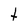
Character: t